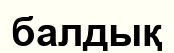
балдық